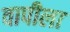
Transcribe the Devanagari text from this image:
वापीला